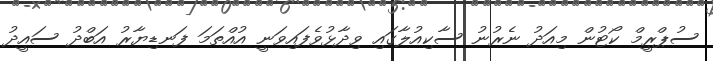
ސުޕްރީމް ކޯޓުން މިއަދު ނެރުނު ސާކިއުލާގައި ވިދާޅުވެފައިވަނީ އުއްތަމަ ފަނޑިޔާރު އަބްދު ސައީދު